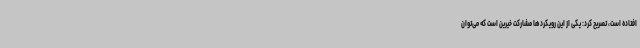
افتاده است، تصریح کرد: یکی از این رویکردها مشارکت خیرین است که می‌توان